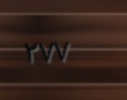
٢٧٧